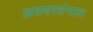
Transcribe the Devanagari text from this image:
लवणस्तंभाला